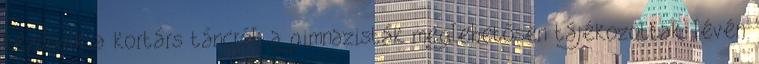
kezdődik a kortárs táncról, a gimnazisták meglehetősen tájékozottak, lévén